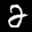
Label: 2